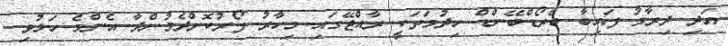
އަދި ދިރާގު ފައިބާ ބްރޯޑްބޭންޑް ހިދުމަތަކީ ރާއްޖޭގައި މިހާރު ފޯރުކޮށްދެމުންދާ އެންމެ ހަލުވި